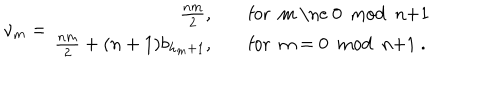
\nu _ { m } = \begin{array} { r l } { { \frac { n m } { 2 } , } } & { { \quad \mathrm { f o r ~ m ~ \ne ~ 0 ~ m o d ~ n + 1 ~ } } } \\ { { \frac { n m } { 2 } + ( n + 1 ) b _ { h _ { m } + 1 } , } } & { { \quad \mathrm { f o r ~ m ~ = ~ 0 ~ m o d ~ n + 1 ~ } . } } \\ \end{array}